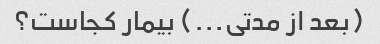
(بعد از مدتی...) بیمار کجاست؟